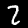
Digit: 2